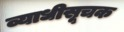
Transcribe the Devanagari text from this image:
व्याधीसूचक